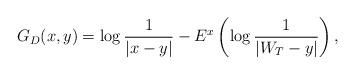
LaTeX: \begin{align*}G_D(x,y)= \log \frac{1}{|x-y|}-E^{x}\left(\log \frac{1}{|W_T -y|}\right),\end{align*}